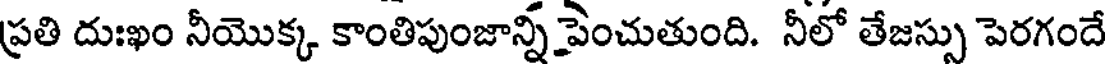
ప్రతి దుఃఖం నీయొక్క కాంతిపుంజాన్ని పెంచుతుంది. నీలో తేజస్సు పెరగందే